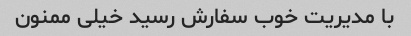
با مدیریت خوب سفارش رسید خیلی ممنون